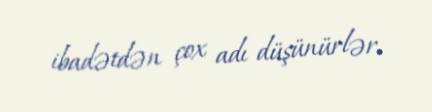
ibadətdən çox adı düşünürlər.